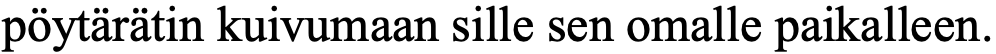
pöytärätin kuivumaan sille sen omalle paikalleen.